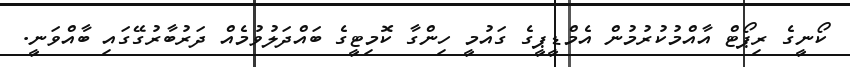
ކޯނީގެ ރިޕޯޓް އާއްމުކުރުމުން އެމްޑީޕީގެ ގައުމީ ހިންގާ ކޮމިޓީގެ ބައްދަލުވުމެއް ދަރުބާރުގޭގައި ބާއްވަނީ.